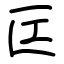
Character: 匞